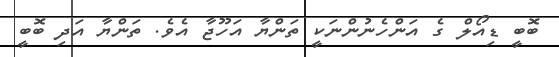
ބޮބީ ޑިއޯލް ގެ އަންހެނުންނަކީ ތަންޔާ އަހޫޖާ އެވެ. ތަންޔާ އަދި ބޮބީ